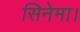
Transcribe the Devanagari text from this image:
सिनेमा।